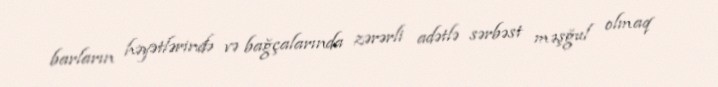
barların həyətlərində və bağçalarında zərərli adətlə sərbəst məşğul olmaq